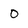
Character: 0